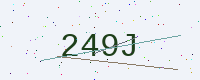
Text: 249J